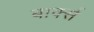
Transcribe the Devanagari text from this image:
बार्क्स